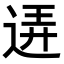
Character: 𨓡